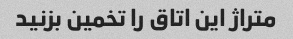
متراژ این اتاق را تخمین بزنید